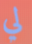
لي